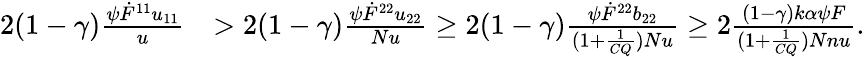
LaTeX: \begin{array}{rl}{2(1-\gamma)\frac{\psi\dot{F}^{11}u_{11}}{u}}&{>2(1-\gamma)\frac{\psi\dot{F}^{22}u_{22}}{Nu}\geq 2(1-\gamma)\frac{\psi\dot{F}^{22}b_{22}}{(1+\frac{1}{CQ})Nu}\geq 2\frac{(1-\gamma)k\alpha\psi F}{(1+\frac{1}{CQ})Nnu}.}\end{array}